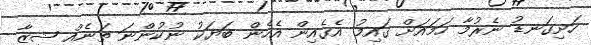
ހަށިގަނޑު ނެރުމާ ހަމައަށް ގައިމު އެގެއިން އެހެން ބަޔަކު ނުކުންނަ ތަނެއް ޝީޒާ